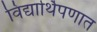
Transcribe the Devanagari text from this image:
विद्यार्थिपणात